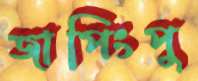
জাপিংপু